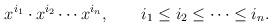
LaTeX: \begin{align*}x^{i_1}\cdot x^{i_2}\cdots x^{i_n},\qquad i_1\leq i_2\leq\cdots \leq i_n.\end{align*}